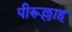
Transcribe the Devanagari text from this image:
पीरूल्लाह